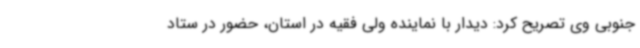
جنوبی وی تصریح کرد: دیدار با نماینده ولی فقیه در استان، حضور در ستاد